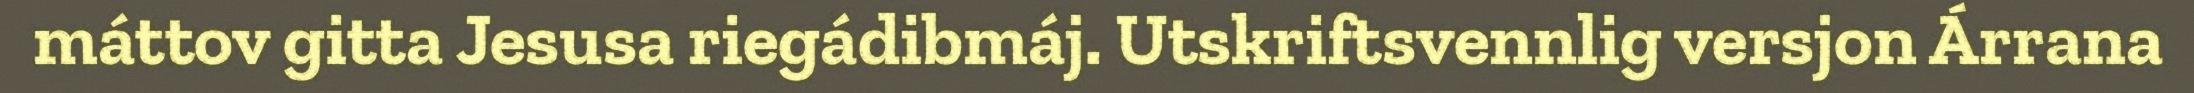
máttov gitta Jesusa riegádibmáj. Utskriftsvennlig versjon Árrana